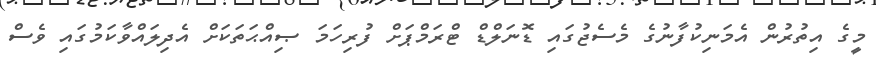
މީގެ އިތުރުން އެމަނިކުފާނުގެ މެސެޖުގައި ޑޮނަލްޑް ޓްރަމްޕަށް ފުރިހަމަ ޞިއްޙަތަކަށް އެދިލައްވާކަމުގައި ވެސް